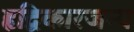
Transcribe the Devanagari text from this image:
हृद्विकारजन्य